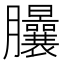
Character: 𦣙